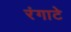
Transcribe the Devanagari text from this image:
रंगाटे